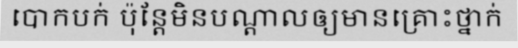
បោកបក់ ប៉ុន្តែមិនបណ្តាលឲ្យមានគ្រោះថ្នាក់